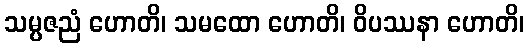
သမ္ပဇညံ ဟောတိ၊ သမထော ဟောတိ၊ ဝိပဿနာ ဟောတိ၊